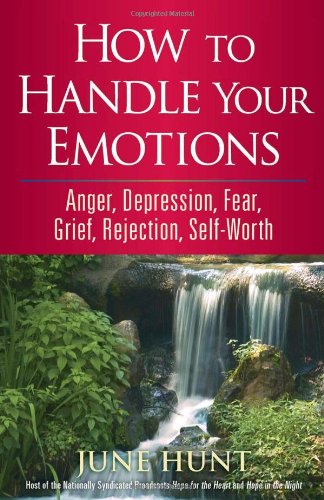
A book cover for How to Handle Your Emotions: Anger, Depression, Fear, Grief, Rejection, Self-Worth (Counseling Through the Bible Series); June Hunt; Parenting & Relationships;